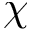
\chi